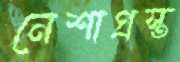
নেশাগ্রস্ত